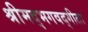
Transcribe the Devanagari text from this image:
श्रीमद्‌भगवद्‍गीता